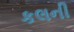
કલની